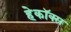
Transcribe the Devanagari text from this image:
हेकॉक्स